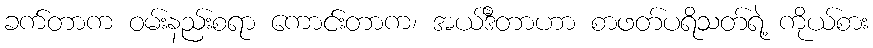
ခက်တာက ဝမ်းနည်းစရာ ကောင်းတာက၊ အယ်ဒီတာဟာ စာဖတ်ပရိသတ်ရဲ့ ကိုယ်စား